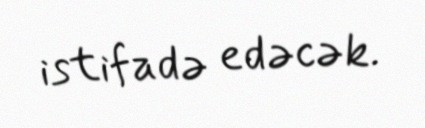
istifadə edəcək.